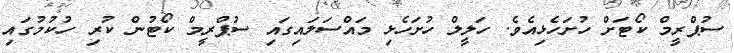
ސުޕްރީމް ކޯޓަށް ހުށަހެޅިއެވެ. ހަލީލް ހުށަހެޅި މައްސަލައިގައި ސުޕްރީމް ކޯޓުން ކުރި ހުކުމުގައި